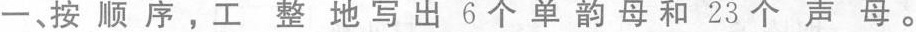
一、按顺序，工整地写出6个单韵母和23个声母。